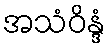
အသံဝိန္ဒံ